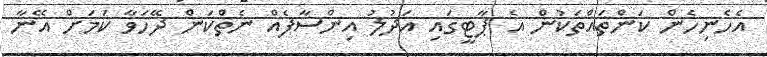
އެހެނިހެން ކަންތައްތަކުން އެ ޕާޓީގައި އަދުލު އިންސާފެއް ނެތްކަން ދޭހަވާ ކަމަށް އޭނާ